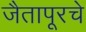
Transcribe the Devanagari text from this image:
जैतापूरचे